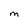
Character: M